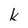
Character: k